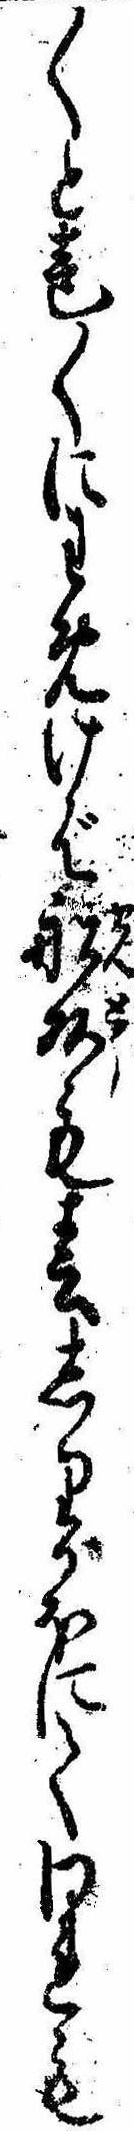
〱と声〱にわめけば船頭も春しりがほにてわれも